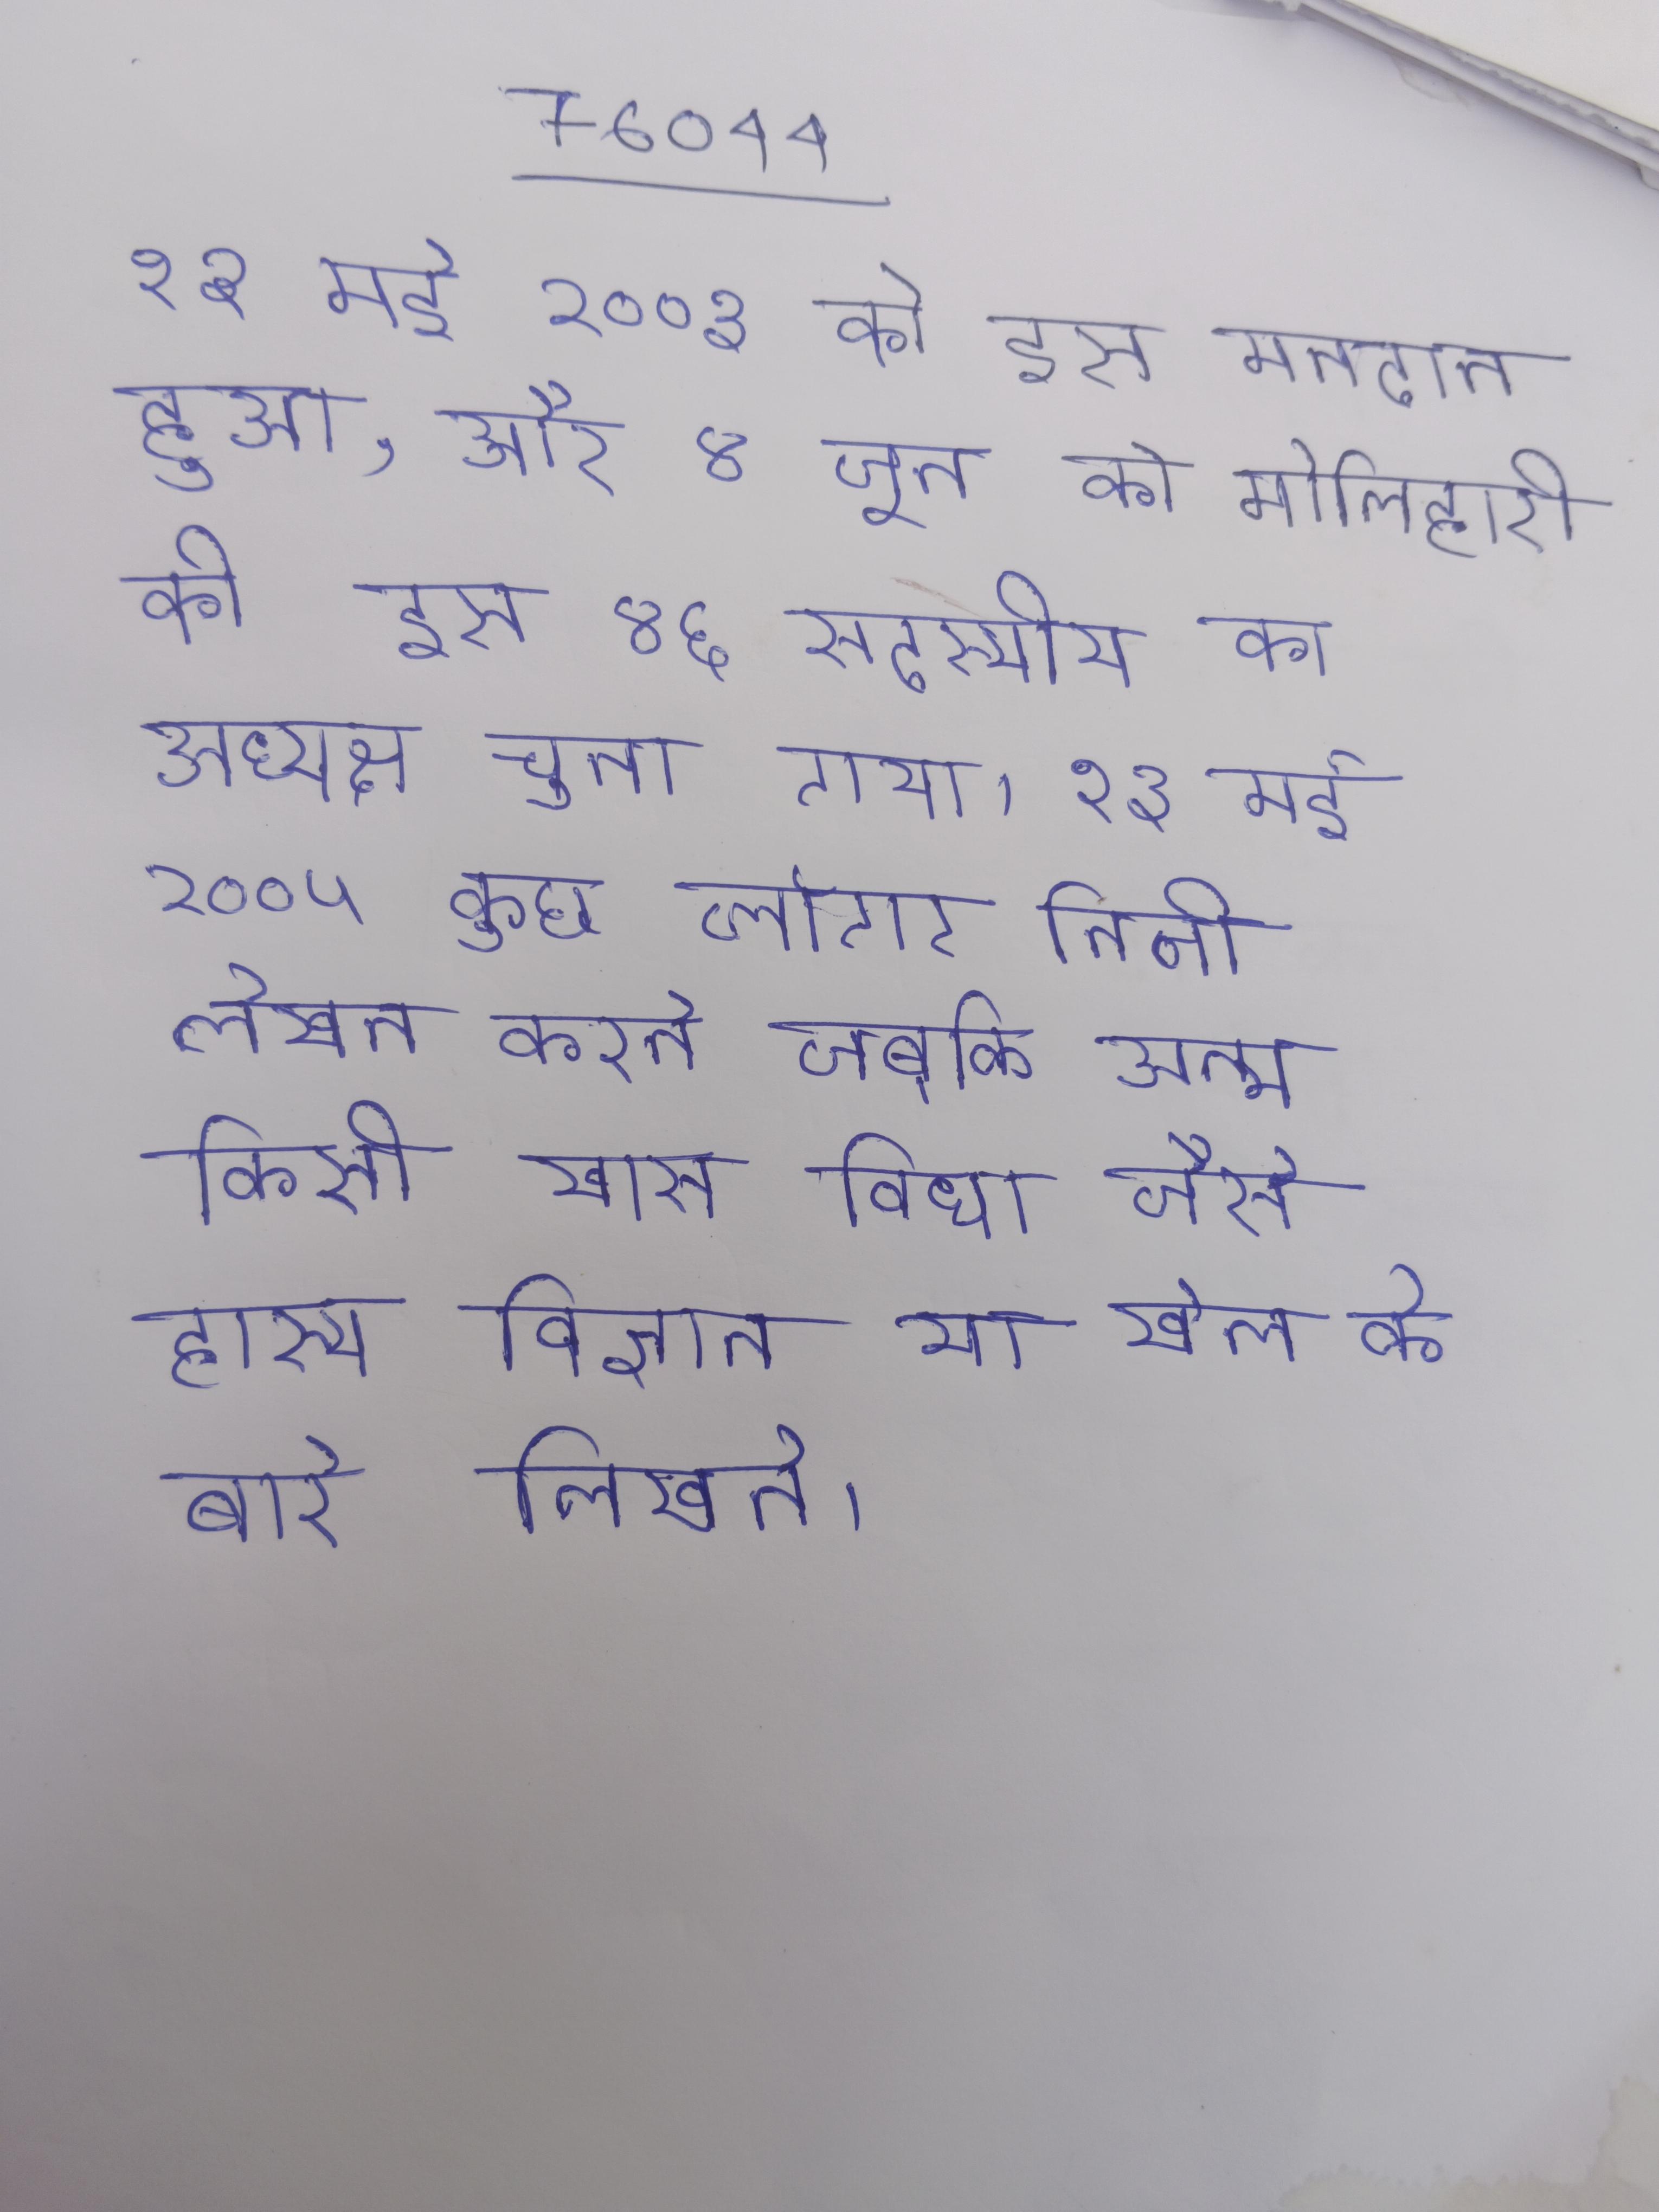
१३ मई २००३ को इस मतदान हुआ, और ४ जून को मोलिहारी को इस ४६ सदस्यीय का अध्यक्ष चुना गया । १३ मई २००५ कुछ व्लॉगर निजी लेखन करते जबकि अन्य किसी खास विधा जैसे हास्य, विज्ञान या खेल के बारे लिखते ।